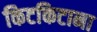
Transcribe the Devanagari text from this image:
किटकिटाना